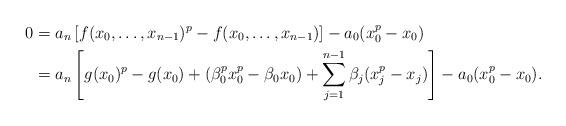
LaTeX: \begin{align*}0 & = a_n \left[f(x_0, \dots , x_{n-1})^p - f(x_0, \dots , x_{n-1})\right] - a_0(x_0^p - x_0) \\&= a_n \left[g(x_0)^p - g(x_0) + (\beta_0^p x_0^p - \beta_0 x_0)+ \sum_{j=1}^{n-1} \beta_j( x_j^p- x_j)\right] - a_0(x_0^p - x_0) .\end{align*}